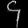
Digit: ၄